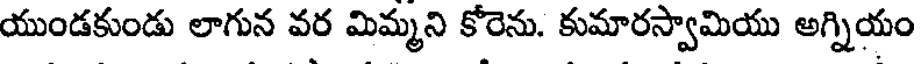
యుండకుండు లాగున వర మిమ్మని కోరెను. కుమారస్వామియు అగ్నియం